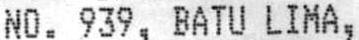
NO. 939, BATU LIMA,